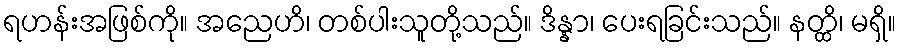
ရဟန်းအဖြစ်ကို။ အညေဟိ၊ တစ်ပါးသူတို့သည်။ ဒိန္နာ၊ ပေးရခြင်းသည်။ နတ္ထိ၊ မရှိ။